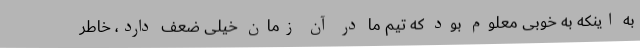
به اینکه به خوبی معلوم بود که تیم ما در آن زمان خیلی ضعف دارد، خاطر